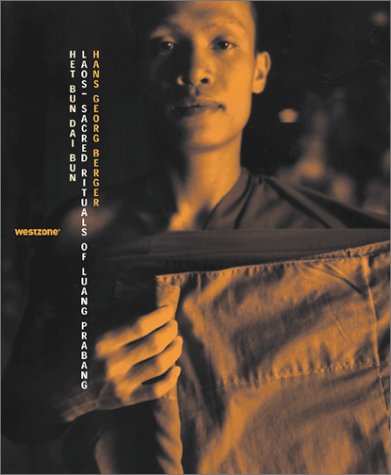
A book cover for Het Bun Dai Bun-Laos: Sacred Rituals of the Luang Prabang; Travel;